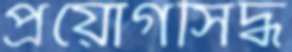
প্রয়োগসিদ্ধ